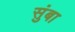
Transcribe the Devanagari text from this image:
सुंबा